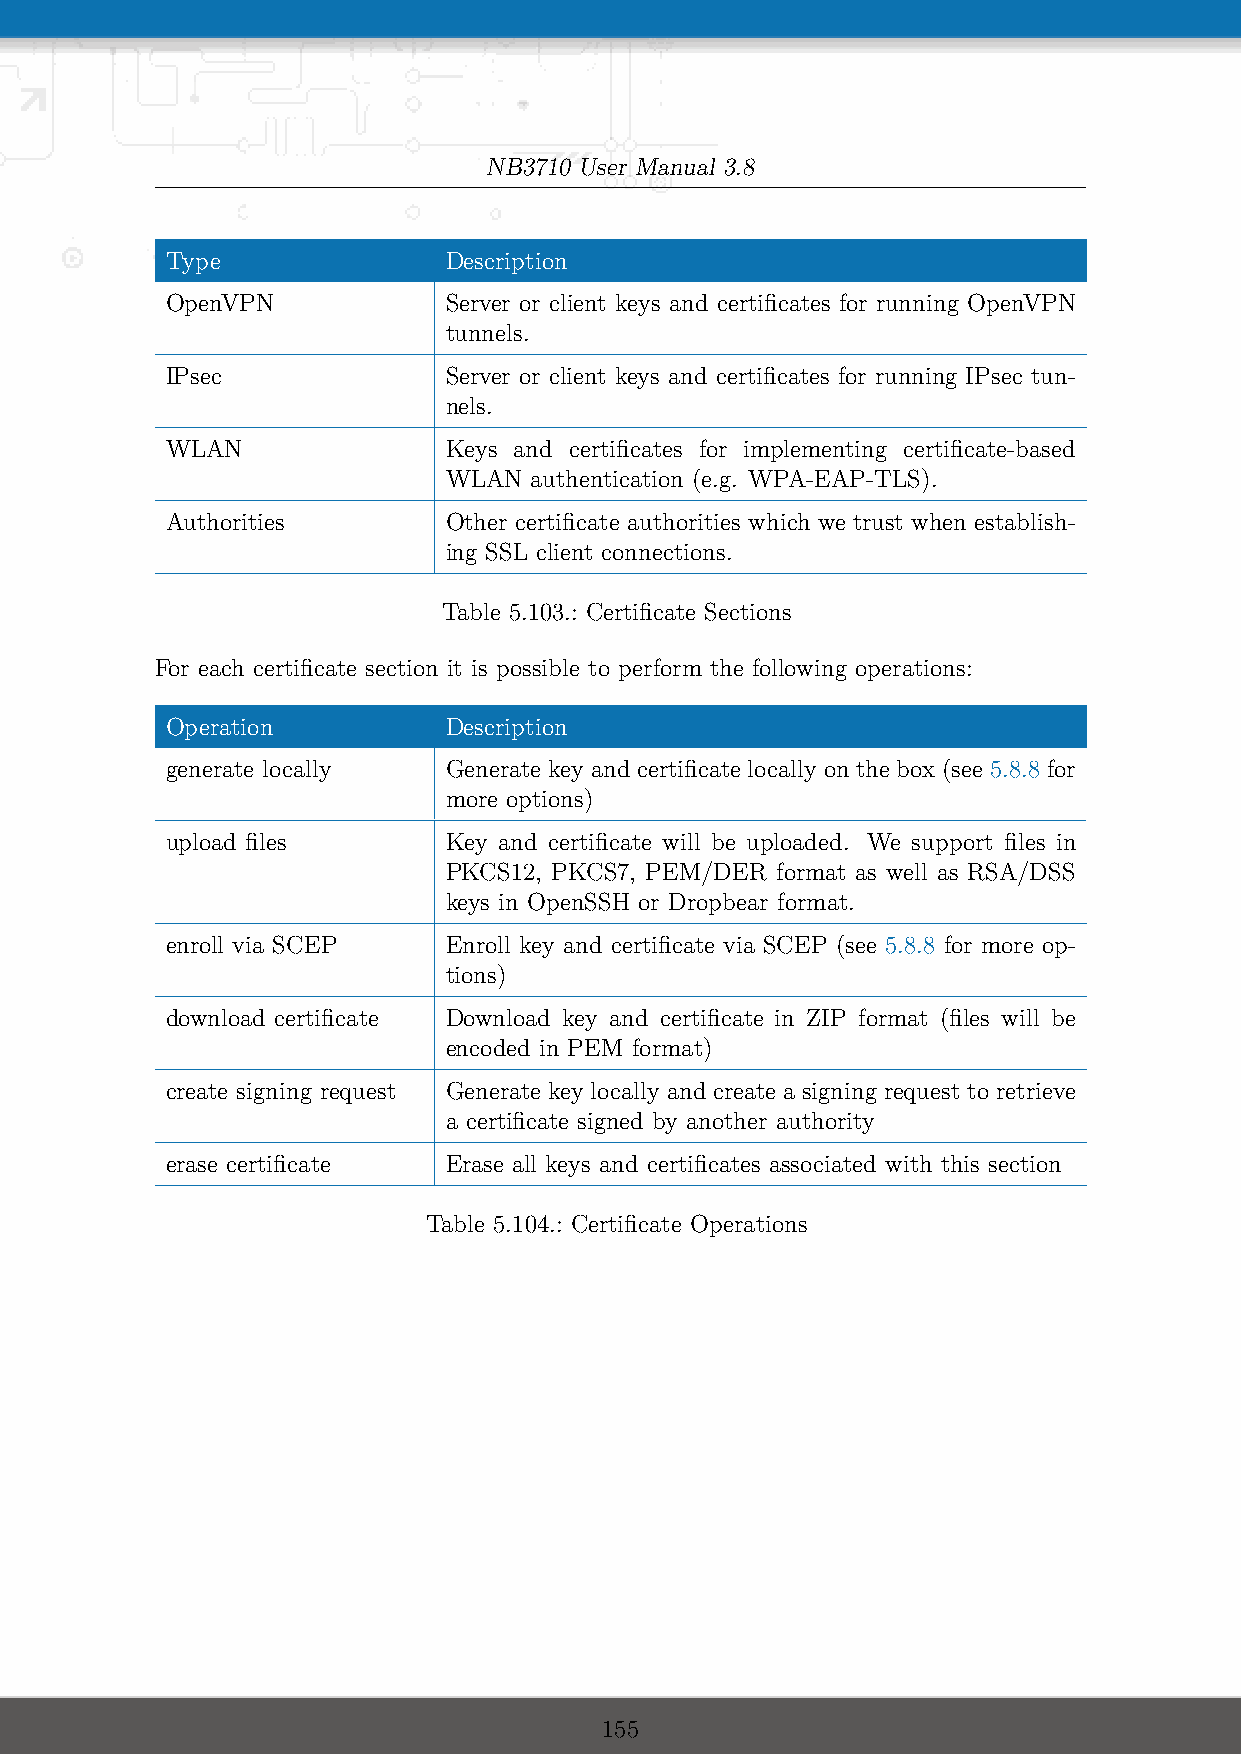
NB3710 User Manual 3.8
 Type              Description
 OpenVPN           Server or client keys and certificates for running OpenVPN
 tunnels.
 IPsec             Server or client keys and certificates for running IPsec tun-
 nels.
 WLAN              Keys and certificates for implementing certificate-based
 WLAN  authentication (e.g. WPA-EAP-TLS).
 Authorities       Other certificate authorities which we trust when establish-
 ing SSL client connections.
 Table 5.103.: Certificate Sections
 For each certificate section it is possible to perform the following operations:
 Operation         Description
 generate locally  Generate key and certificate locally on the box (see 5.8.8 for
 more options)
 upload files      Key and certificate will be uploaded. We support files in
 PKCS12, PKCS7, PEM/DER format as well as RSA/DSS
 keys in OpenSSH or Dropbear format.
 enroll via SCEP   Enroll key and certificate via SCEP (see 5.8.8 for more op-
 tions)
 download certificate Download key and certificate in ZIP format (files will be
 encoded in PEM format)
 create signing request Generate key locally and create a signing request to retrieve
 a certificate signed by another authority
 erase certificate Erase all keys and certificates associated with this section
 Table 5.104.: Certificate Operations
 155